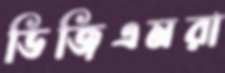
ডিজিএমরা